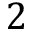
2